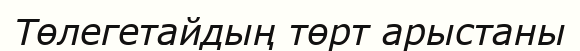
Төлегетайдың төрт арыстаны